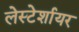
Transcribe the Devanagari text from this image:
लेस्टेर्शायर